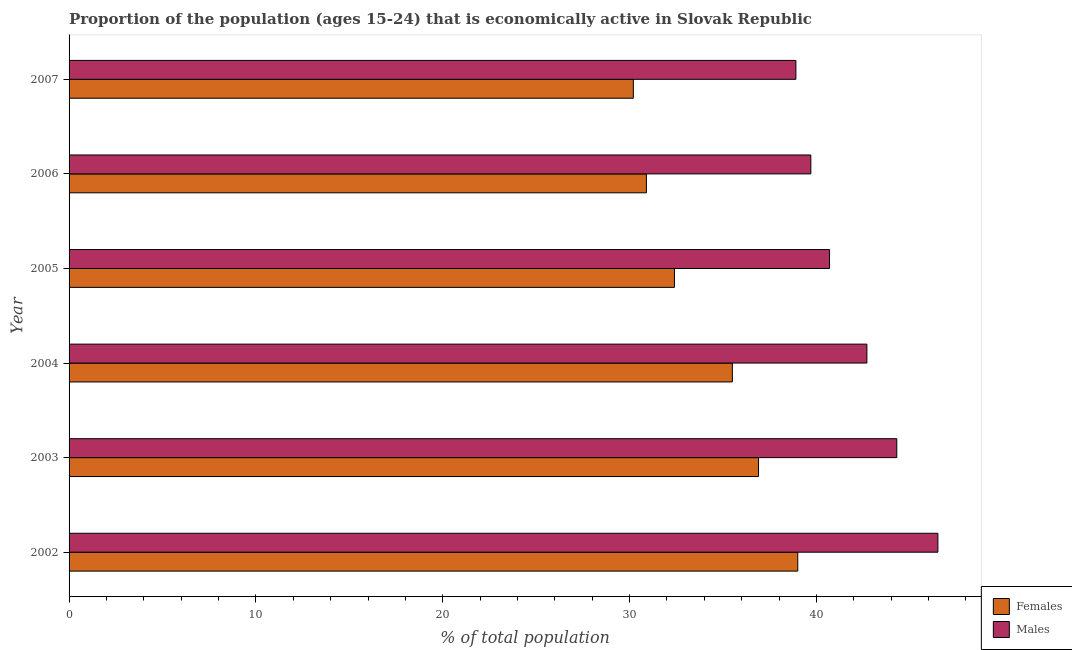
| Year | Females | Males |
 | --- | --- | --- |
 | 2002 | 39 | 46.5 |
 | 2003 | 36.9 | 44.3 |
 | 2004 | 35.5 | 42.7 |
 | 2005 | 32.4 | 40.7 |
 | 2006 | 30.9 | 39.7 |
 | 2007 | 30.2 | 38.9 |